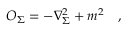
O _ { \Sigma } = - \nabla _ { \Sigma } ^ { 2 } + m ^ { 2 } ~ ~ ~ ,